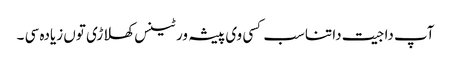
آپ دا جیت دا تناسب کسی وی پیشہ ور ٹینس کھلاڑی تو‏ں زیادہ سی ۔